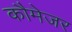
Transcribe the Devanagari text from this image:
कौमेजर